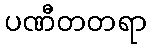
ပဏီတတရာ